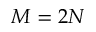
M = 2 N